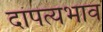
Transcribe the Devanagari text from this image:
दांपत्यभाव